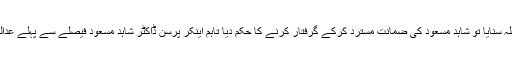
دلائل مکمل ہونے پر عدالت نے فیصلہ سنایا تو شاہد مسعود کی ضمانت مسترد کرکے گرفتار کرنے کا حکم دیا تاہم اینکر پرسن ڈاکٹر شاہد مسعود فیصلے سے پہلے عدالت سے بھاگنے میں کامیاب ہو گئے۔